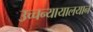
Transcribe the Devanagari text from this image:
उच्चन्यायालयाने